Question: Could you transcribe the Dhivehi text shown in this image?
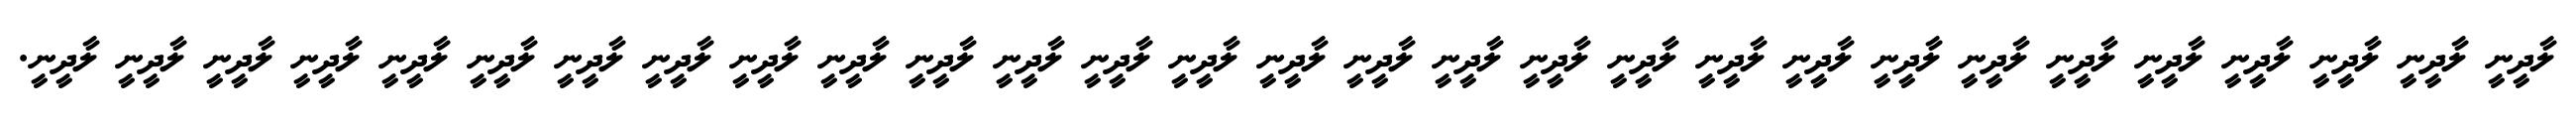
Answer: ލާދީނީ ލާދީނީ ލާދީނީ ލާދީނީ ލާދީނީ ލާދީނީ ލާދީނީ ލާދީނީ ލާދީނީ ލާދީނީ ލާދީނީ ލާދީނީ ލާދީނީ ލާދީނީ ލާދީނީ ލާދީނީ ލާދީނީ ލާދީނީ ލާދީނީ ލާދީނީ ލާދީނީ ލާދީނީ ލާދީނީ ލާދީނީ ލާދީނީ ލާދީނީ ލާދީނީ ލާދީނީ ލާދީނީ.